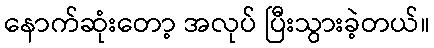
နောက်ဆုံးတော့ အလုပ် ပြီးသွားခဲ့တယ်။